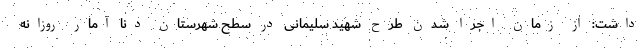
داشت: از زمان اجرا شدن طرح شهید سلیمانی در سطح شهرستان دنا آمار روزانه